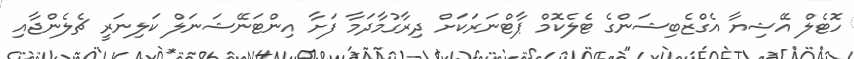
ހޮޓެލް އޭޝިޔާ އެގްޒެބިޝަންގެ ޓެލެކޮމް ޕާޓްނަރަކަށް ދިރާގުމާދަމާ ފަށާ އިންޓަނޭޝަނަލް ކަލިނަރީ ޗެލެންޖާއި